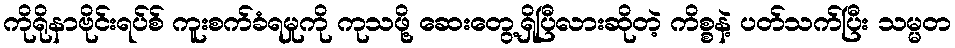
ကိုရိုနာဗိုင်းရပ်စ် ကူးစက်ခံရမှုကို ကုသဖို့ ဆေးတွေ့ရှိပြီလားဆိုတဲ့ ကိစ္စနဲ့ ပတ်သက်ပြီး သမ္မတ